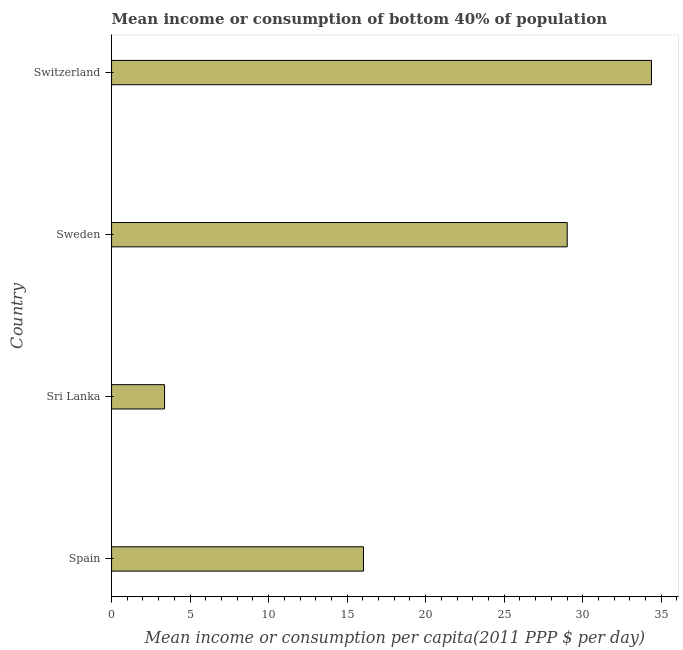
| Country | Bottom 40percent |
 | --- | --- |
 | Spain | 16 |
 | Sri Lanka | 3.37 |
 | Sweden | 29 |
 | Switzerland | 34.4 |